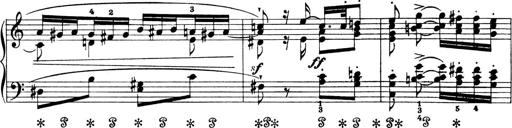
Title: 4 Sonatines
Composer: Max Reger